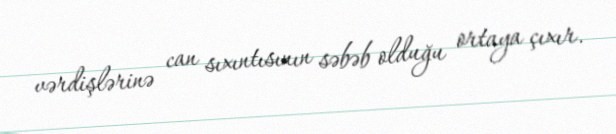
vərdişlərinə can sıxıntısının səbəb olduğu ortaya çıxır.